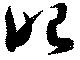
昭